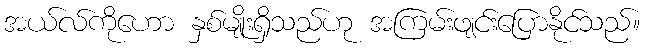
အယ်လ်ကိုဟော နှစ်မျိုးရှိသည်ဟု အကြမ်းဖျင်းပြောနိုင်သည်။